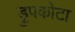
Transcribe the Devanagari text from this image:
ड्रुपकोटा